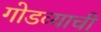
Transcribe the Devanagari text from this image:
गोडव्याची